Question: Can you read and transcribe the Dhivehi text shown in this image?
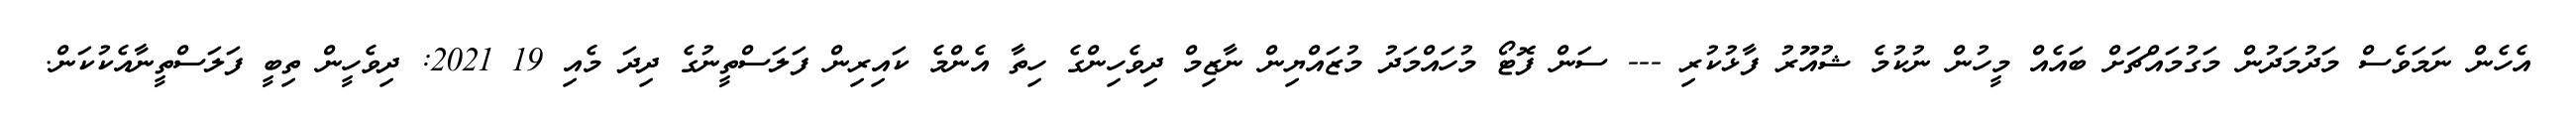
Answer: އެހެން ނަމަވެސް މަދުމަދުން މަގުމައްޗަށް ބައެއް މީހުން ނުކުމެ ޝުއޫރު ފާޅުކުރި --- ސަން ފޮޓޯ މުހައްމަދު މުޒައްޔިން ނާޒިމް ދިވެހިންގެ ހިތާ އެންމެ ކައިރިން ފަލަސްތީނުގެ ދިދަ މެއި 19 2021: ދިވެހީން ތިބީ ފަލަސްތީނާއެކުކަން.